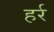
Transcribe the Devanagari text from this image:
हर्र